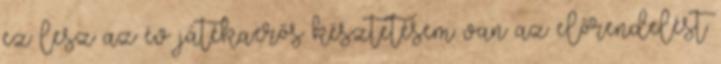
ez lesz az év játéka.erős késztetésem van az előrendelést